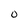
Character: 0